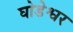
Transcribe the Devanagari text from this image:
घोडेश्वर